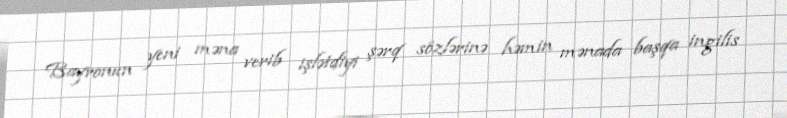
Bayronun yeni məna verib işlətdiyi şərq sözlərinə həmin mənada başqa ingilis